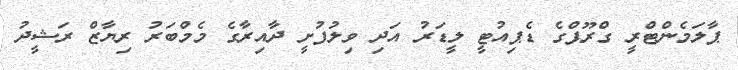
ޕާލަމެންޓްރީ ގްރޫޕްގެ ޑެޕިއުޓީ ލީޑަރު އަދި ވިލުފުށީ ދާއިރާގެ މެމްބަރު ރިޔާޒް ރަޝީދު